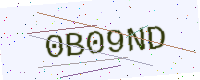
Text: 0B09ND